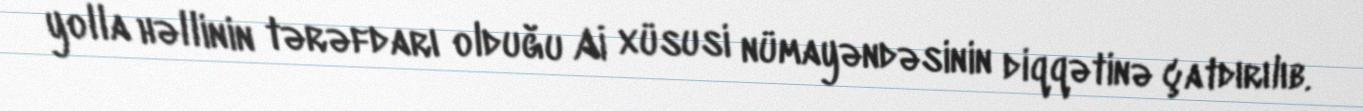
yolla həllinin tərəfdarı olduğu Aİ xüsusi nümayəndəsinin diqqətinə çatdırılıb.